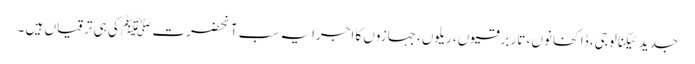
جدید ٹیکنالوجی، ڈاکخانوں، تار برقیوں، ریلوں، جہازوں کا اجرا یہ سب آنحضرت ﷺ کی ہی ترقیاں ہیں ۔